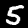
Label: 5